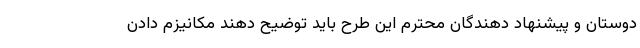
دوستان و پیشنهاد دهندگان محترم این طرح باید توضیح دهند مکانیزم دادن